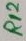
Text: R12